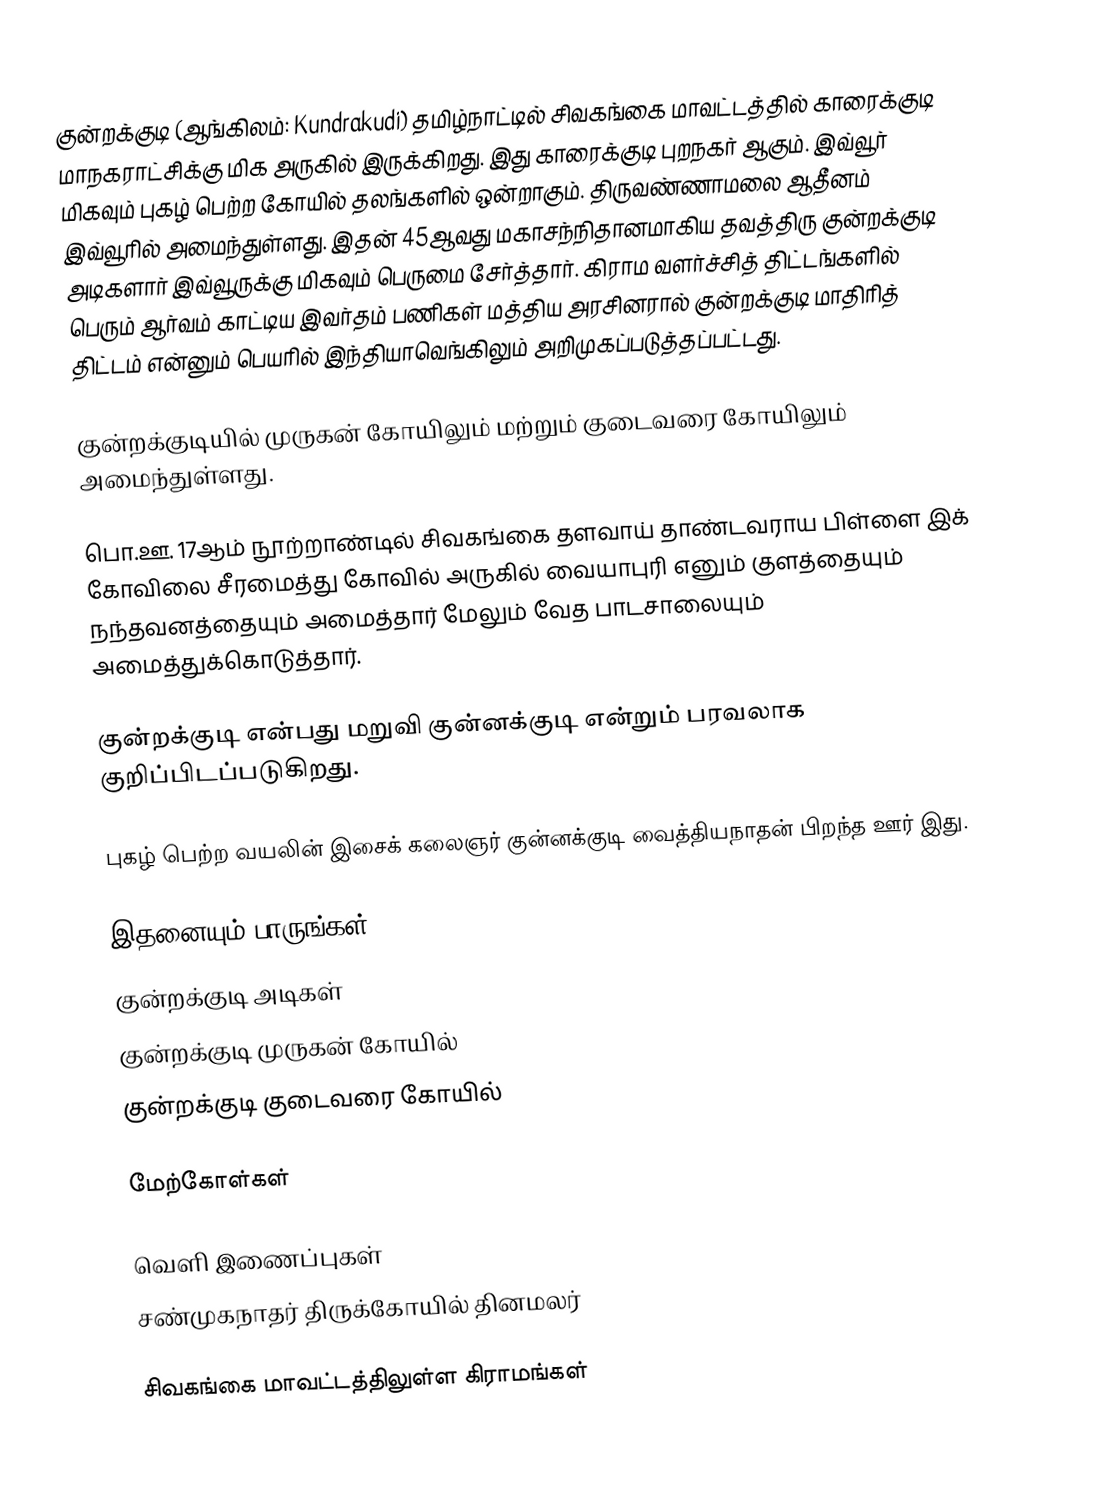
குன்றக்குடி (ஆங்கிலம்: Kundrakudi) தமிழ்நாட்டில் சிவகங்கை மாவட்டத்தில் காரைக்குடி மாநகராட்சிக்கு மிக அருகில் இருக்கிறது. இது காரைக்குடி புறநகர் ஆகும். இவ்வூர் மிகவும் புகழ் பெற்ற கோயில் தலங்களில் ஒன்றாகும். திருவண்ணாமலை ஆதீனம் இவ்வூரில் அமைந்துள்ளது. இதன் 45ஆவது மகாசந்நிதானமாகிய தவத்திரு குன்றக்குடி அடிகளார் இவ்வூருக்கு மிகவும் பெருமை சேர்த்தார். கிராம வளர்ச்சித் திட்டங்களில் பெரும் ஆர்வம் காட்டிய இவர்தம் பணிகள் மத்திய அரசினரால் குன்றக்குடி மாதிரித் திட்டம் என்னும் பெயரில் இந்தியாவெங்கிலும் அறிமுகப்படுத்தப்பட்டது.

குன்றக்குடியில் முருகன் கோயிலும் மற்றும் குடைவரை கோயிலும் அமைந்துள்ளது.

பொ.ஊ. 17ஆம் நூற்றாண்டில் சிவகங்கை தளவாய் தாண்டவராய பிள்ளை இக் கோவிலை சீரமைத்து கோவில் அருகில் வையாபுரி எனும் குளத்தையும் நந்தவனத்தையும் அமைத்தார் மேலும் வேத பாடசாலையும் அமைத்துக்கொடுத்தார்.

குன்றக்குடி என்பது மறுவி குன்னக்குடி என்றும் பரவலாக குறிப்பிடப்படுகிறது.

புகழ் பெற்ற வயலின் இசைக் கலைஞர் குன்னக்குடி வைத்தியநாதன் பிறந்த ஊர் இது.

இதனையும் பாருங்கள்
 குன்றக்குடி அடிகள்
 குன்றக்குடி முருகன் கோயில்
 குன்றக்குடி குடைவரை கோயில்

மேற்கோள்கள்

வெளி இணைப்புகள்
 சண்முகநாதர் திருக்கோயில் தினமலர்

சிவகங்கை மாவட்டத்திலுள்ள கிராமங்கள்